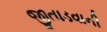
જીતાડવાની